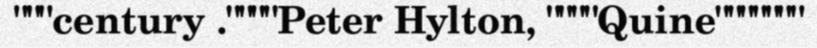
"""century .""""Peter Hylton, """"Quine"""""""